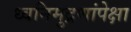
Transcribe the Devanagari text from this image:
ध्वनिमुद्रणांपेक्षा